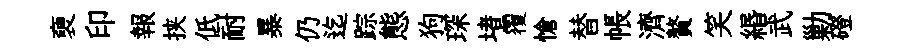
褏印報挟低耐暴仍迄踪態狗琛堵覆愴替帳濟贅笑緡武勦磴